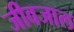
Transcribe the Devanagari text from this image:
जीवजाल